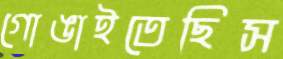
গোঙাইতেছিস